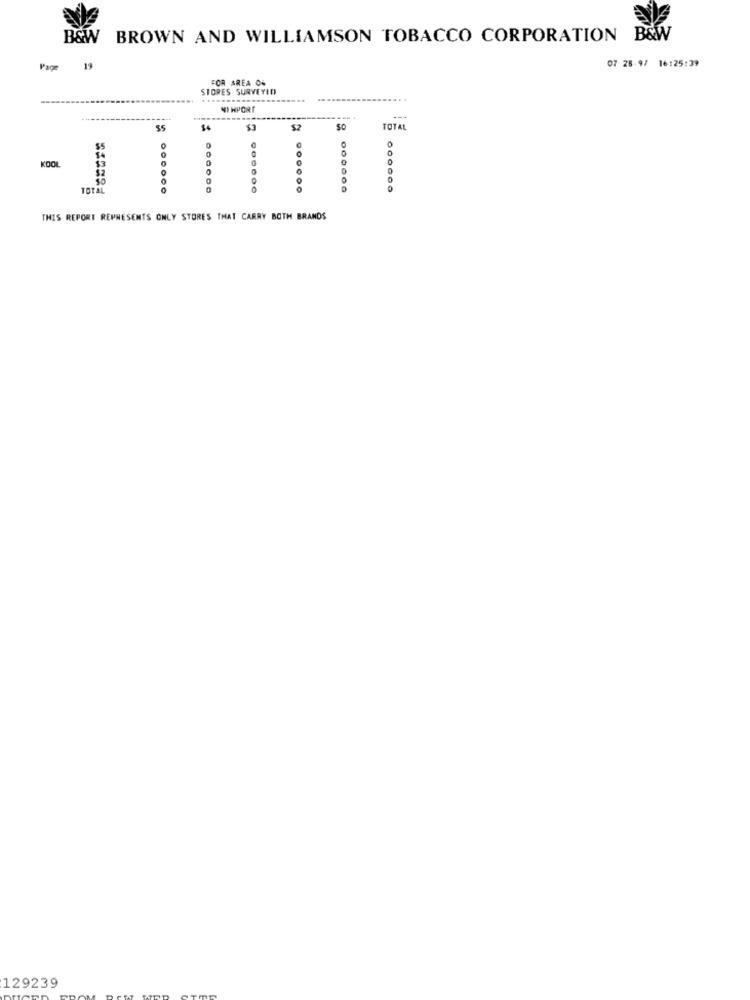
B&W BROWN AND WILLIAMSON TOBACCO CORPORATION B&W
Page
19
07 28-97 16:25:39
FOR AREA OF
STORES SURVEYED
NIHPORT
----
35
$4
$2
$
TOTAL
$5
0
0
0
O
KOOL
TOTAL
THIS REPORT REPRESENTS ONLY STORES THAT CARRY BOTH BRANDS
129239